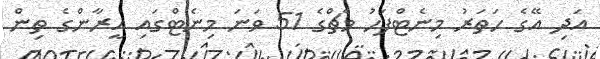
އަދި އޭގެ ހަތަރު މިނެޓްފަހު މެޗްގެ 51 ވަނަ މިނެޓްގައި އީރާންގެ ތިން